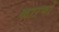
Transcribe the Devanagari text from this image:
काऱणों